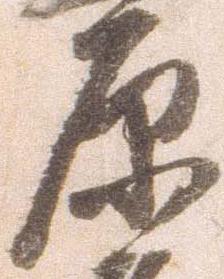
原